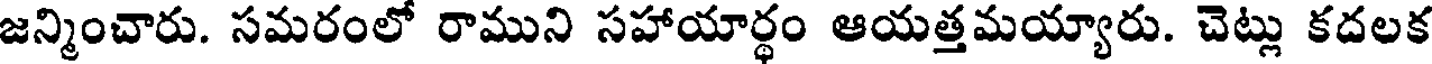
జన్మించారు. సమరంలో రాముని సహాయార్థం ఆయత్తమయ్యారు. చెట్లు కదలక